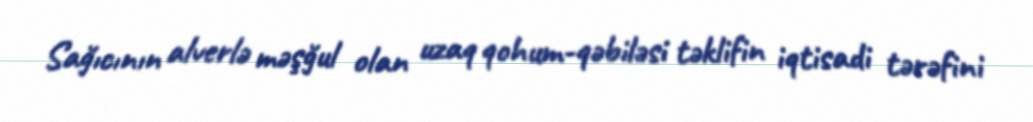
Sağıcının alverlə məşğul olan uzaq qohum-qəbiləsi təklifin iqtisadi tərəfini